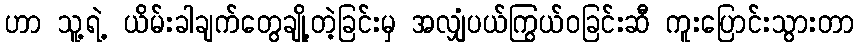
ဟာ သူ့ရဲ့ ယိမ်းခါချက်တွေချို့တဲ့ခြင်းမှ အလျှံပယ်ကြွယ်ဝခြင်းဆီ ကူးပြောင်းသွားတာ